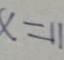
x = 1 1